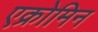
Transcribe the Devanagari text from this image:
एक्रोमिन